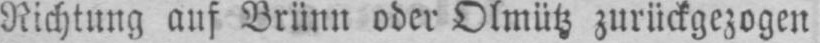
Richtung auf Brünn oder Olmütz zurückgezogen